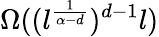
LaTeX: \Omega((l^{\frac{1}{\alpha-d}})^{d-1}l)